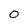
Character: 0